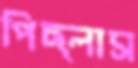
পিছ্‌লাস